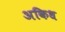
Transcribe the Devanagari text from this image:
अकिध